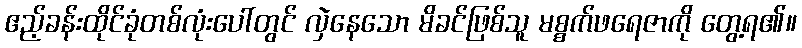
ဧည့်ခန်းထိုင်ခုံတစ်လုံးပေါ်တွင် လှဲနေသော မိခင်ဖြစ်သူ မစ္စက်ဖရေဇာကို တွေ့ရ၏။